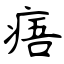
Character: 痦